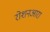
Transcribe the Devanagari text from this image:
रोशनआरा